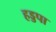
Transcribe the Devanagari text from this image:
हड्डपा